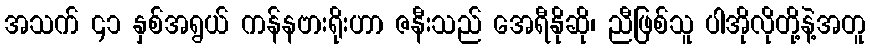
အသက် ၄၁ နှစ်အရွယ် ကန်နဗားရိုးဟာ ဇနီးသည် အေရီနိုဆို၊ ညီဖြစ်သူ ပါအိုလိုတို့နဲ့အတူ